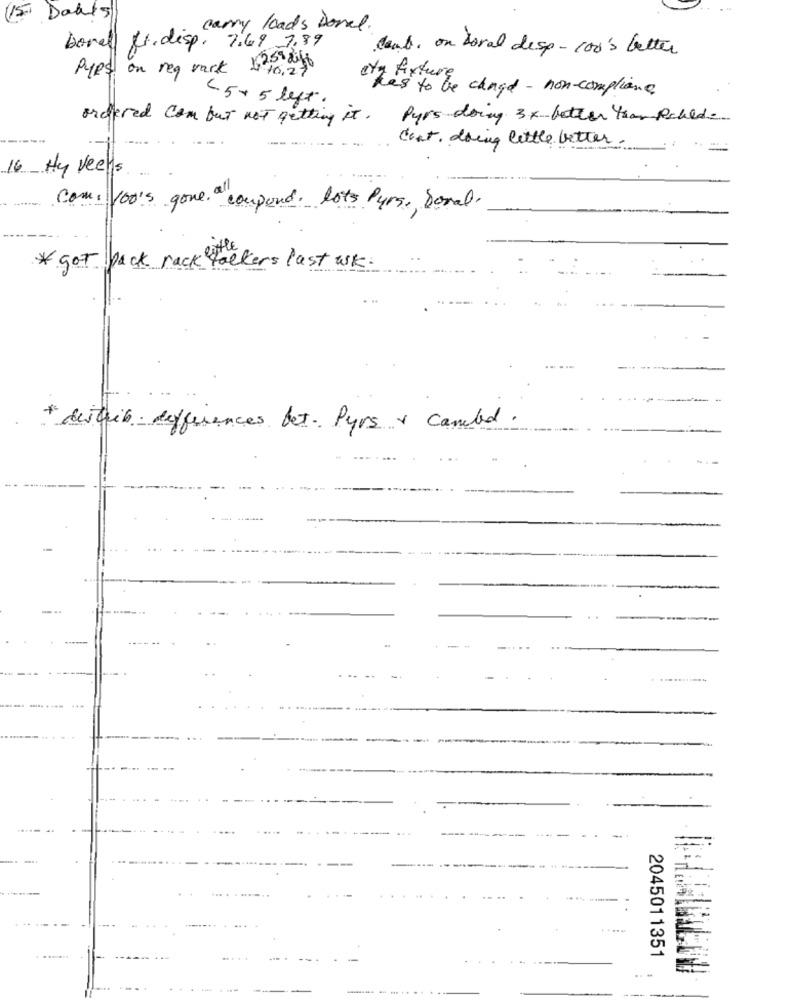
(15
Daats
carry loads Dorel.
bora fr. disp. 7.49 7.89
deut. on doral desp- con's better
Pyes on reg vart 625 dily
ety fixture
has to be changed - non-compliance
< 5+ 5 left.
ordered Com but not getting it .
Pyrs doing 3x better than pohled
Cont. doing little better.
16 Hy Veels
Com. 100's gone. "coupund. lots Purs, Doral.
* got back rack talkers last wsk.
* destin differences bet. Pyrs & canceled.
2045011351